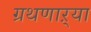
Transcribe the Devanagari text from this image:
ग्रथणाऱ्या